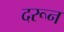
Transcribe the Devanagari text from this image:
दरून